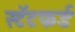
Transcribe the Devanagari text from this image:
स्टॅटफर्ड